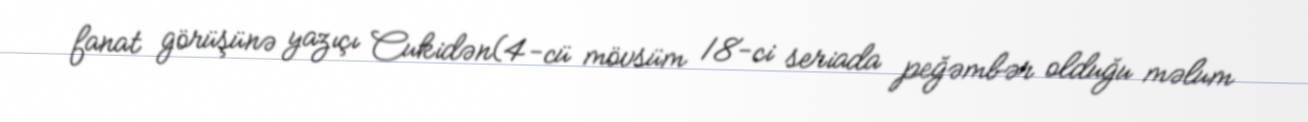
fanat görüşünə yazıçı Cukidən(4-cü mövsüm 18-ci seriada peğəmbər olduğu məlum